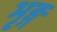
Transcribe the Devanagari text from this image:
भृङ्ग